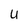
Character: U